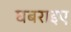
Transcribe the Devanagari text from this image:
घबराइए